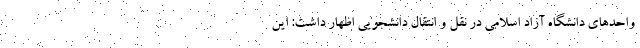
واحدهای دانشگاه آزاد اسلامی در نقل و انتقال دانشجویی اظهار داشت: این